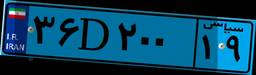
۳۶D۲۰۰۱۹